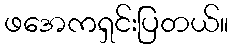
ဖအေကရှင်းပြတယ်။